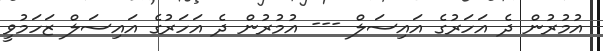
އުމުރުން ދެ އަހަރުގެ އައިސަލް --- އުމުރުން ދެ އަހަރުގެ އައިސަލް ޒަހަމުވީ